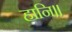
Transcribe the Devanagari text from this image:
हानि॥